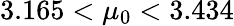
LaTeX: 3.165<\mu_{0}<3.434